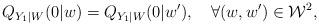
LaTeX: \begin{align*}Q_{Y_1|W}(0|w)=Q_{Y_1|W}(0|w'),\quad\forall(w,w')\in\mathcal{W}^2,\end{align*}